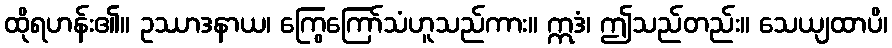
ထိုရဟန်း၏။ ဥဿာဒနာယ၊ ကြွေကြော်သံဟူသည်ကား။ ဣဒံ၊ ဤသည်တည်း။ သေယျထာပိ၊